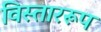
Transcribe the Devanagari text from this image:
विस्ताररूप